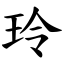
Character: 玲